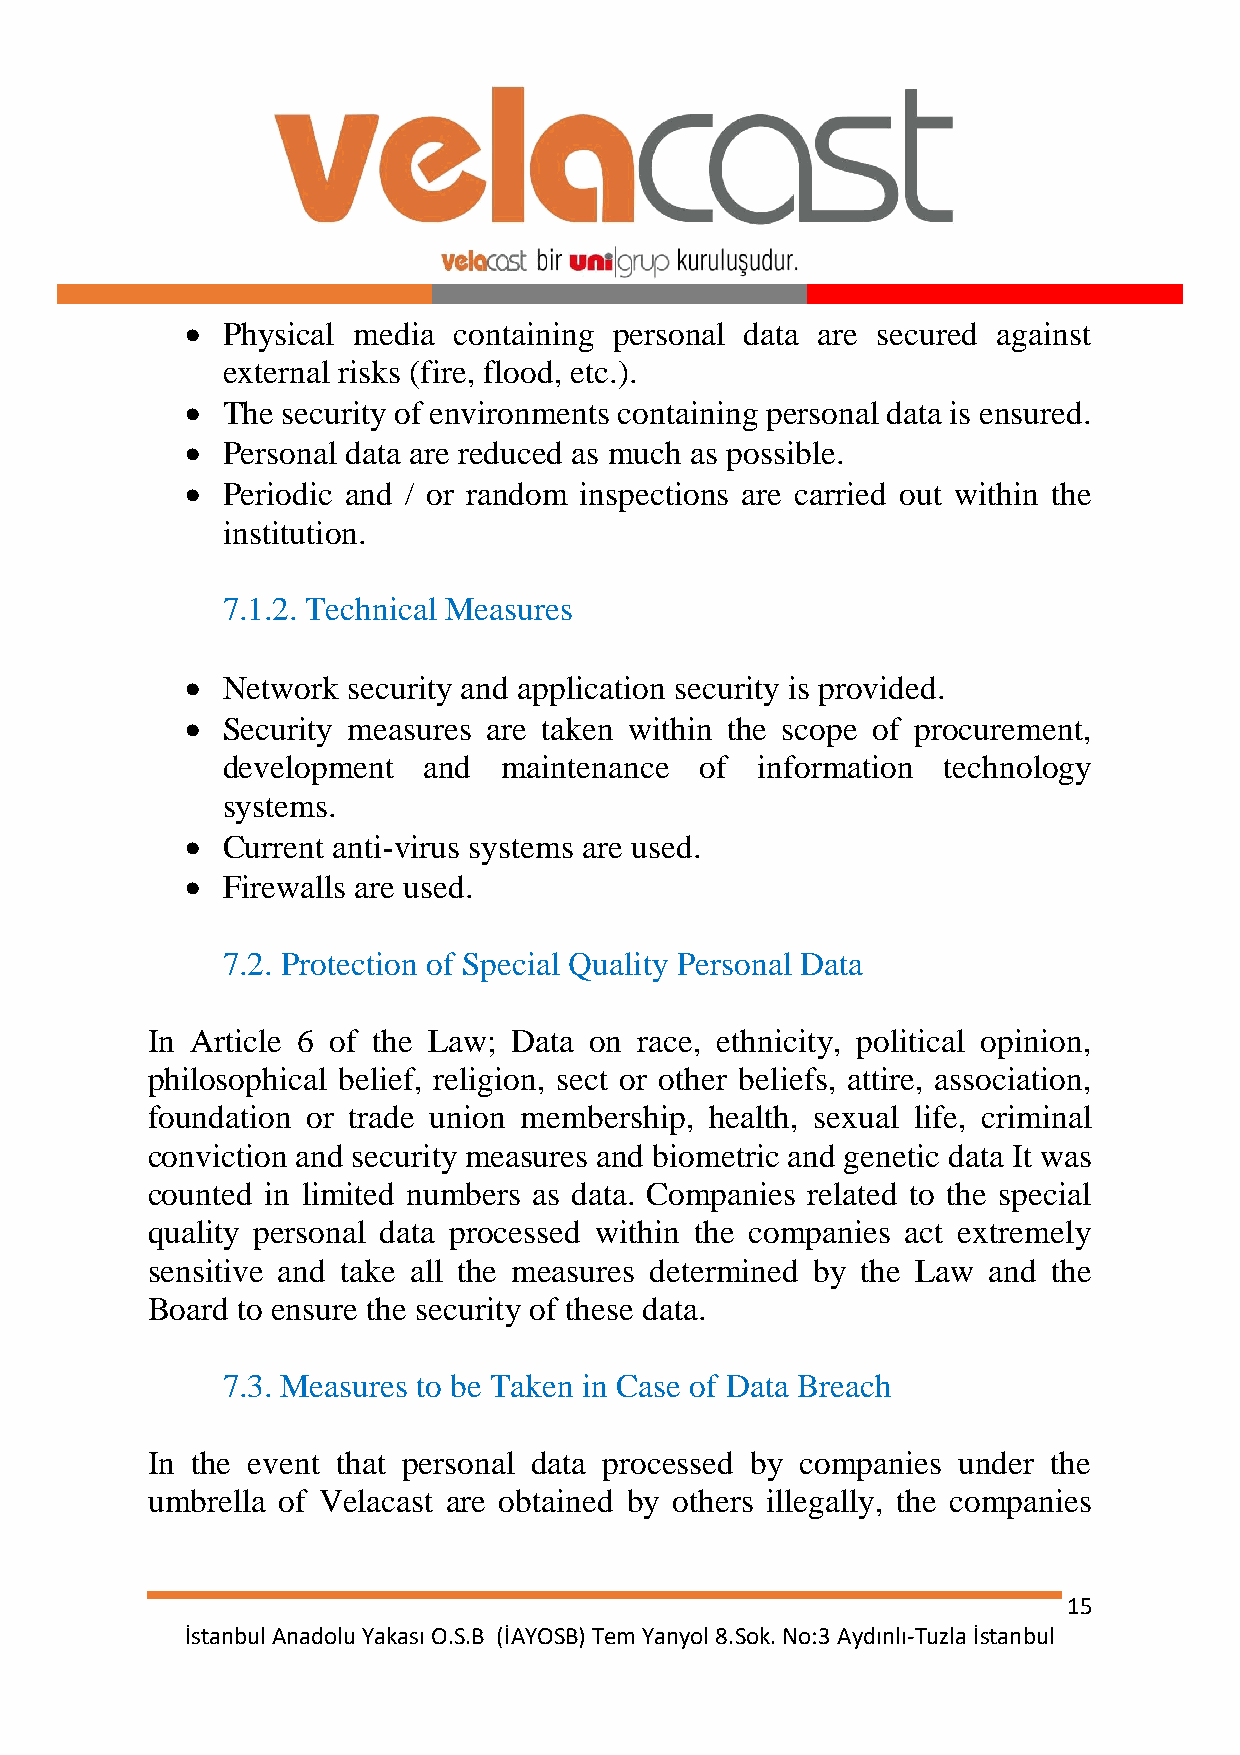
  Physical media containing personal data are secured against
 external risks (fire, flood, etc.).
   The security of environments containing personal data is ensured.
   Personal data are reduced as much as possible.
   Periodic and / or random inspections are carried out within the
 institution.
 7.1.2. Technical Measures
   Network security and application security is provided.
   Security measures are taken within the scope of procurement,
 development  and  maintenance  of  information technology
 systems.
   Current anti-virus systems are used.
   Firewalls are used.
 7.2. Protection of Special Quality Personal Data
 In Article 6 of the Law; Data on race, ethnicity, political opinion,
 philosophical belief, religion, sect or other beliefs, attire, association,
 foundation or trade union membership, health, sexual life, criminal
 conviction and security measures and biometric and genetic data It was
 counted in limited numbers as data. Companies related to the special
 quality personal data processed within the companies act extremely
 sensitive and take all the measures determined by the Law and the
 Board to ensure the security of these data.
 7.3. Measures to be Taken in Case of Data Breach
 In the event that personal data processed by companies under the
 umbrella of Velacast are obtained by others illegally, the companies
 15
 İstanbul Anadolu Yakası O.S.B (İAYOSB) Tem Yanyol 8.Sok. No:3 Aydınlı-Tuzla İstanbul